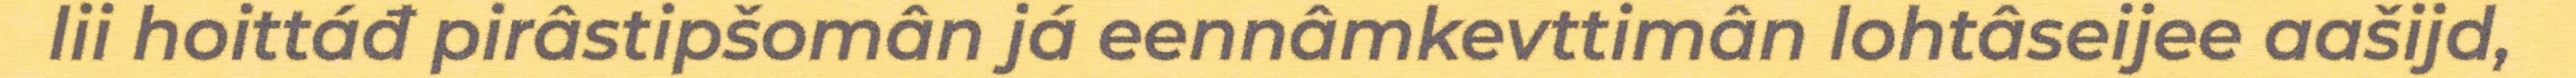
lii hoittáđ pirâstipšomân já eennâmkevttimân lohtâseijee aašijd,